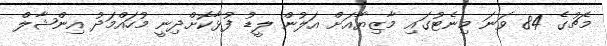
މެޗުގެ 84 ވަނަ މިނެޓުގައި މާޒިޔާއަށް އަލުން ލީޑު ފުޅާކޮށްދިނީ މުހައްމަދު އިންޝާލް